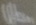
Text: UIn